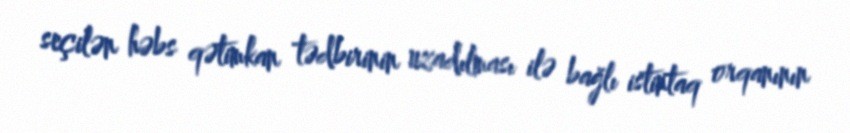
seçilən həbs qətimkan tədbirinin uzadılması ilə bağlı istintaq orqanının